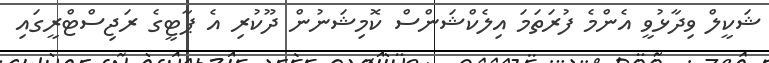
ޝަކީލް ވިދާޅުވީ އެންމެ ފުރަތަމަ އިލެކްޝަންސް ކޮމިޝަނުން ދޫކުރި އެ ޕާޓީގެ ރަޖިސްޓްރީގައި